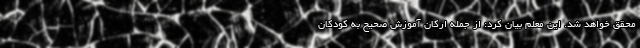
محقق خواهد شد. این معلم بیان کرد: از جمله ارکان آموزش صحیح به کودکان